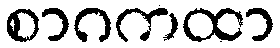
စာဂကထာ